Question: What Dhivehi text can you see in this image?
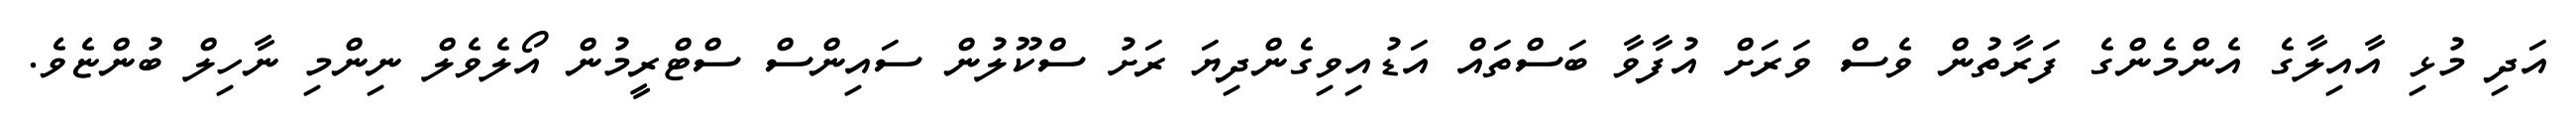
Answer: އަދި މުޅި އާއިލާގެ އެންމެންގެ ފަރާތުން ވެސް ވަރަށް އުފާވާ ބަސްތައް އަޑުއިވިގެންދިޔަ ރަށު ސްކޫލުން ސައިންސް ސްޓްރީމުން އޯލެވެލް ނިންމި ނާހިލް ބުންޏެވެ.